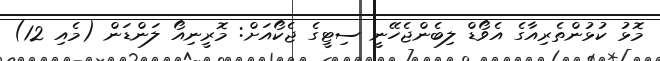
މޮޅު ކުޅުންތެރިއާގެ އެވޯޑް ލިބެންޖެހޭނީ ސިޓީގެ ޖެކޯއަށް: މޮރީނިއޯ ލަންޑަން (މެއި 12)